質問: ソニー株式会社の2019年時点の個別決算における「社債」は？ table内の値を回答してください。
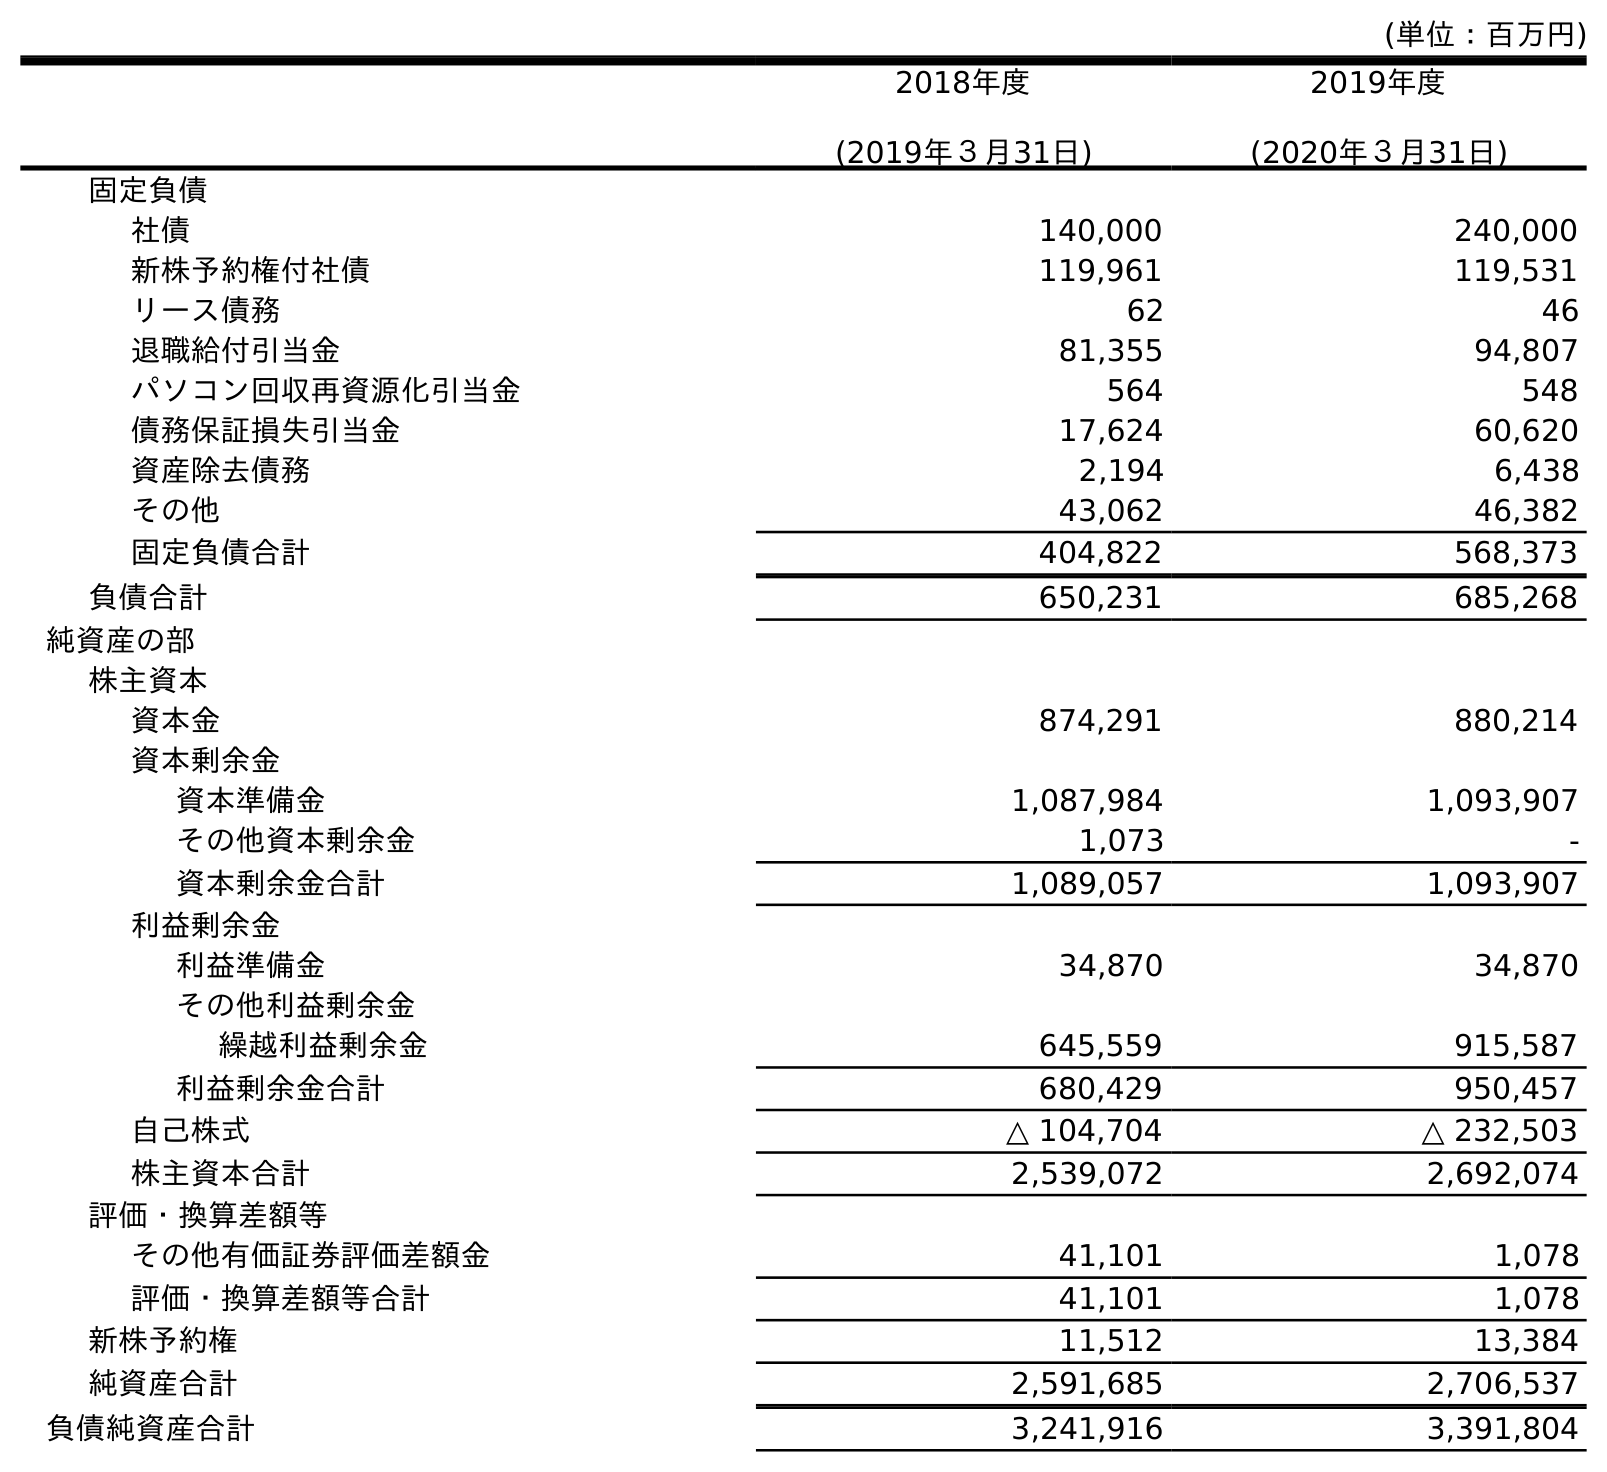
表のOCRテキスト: (単位：百万円) 2018年度 (2019年３月31日) 2019年度 (2020年３月31日) 固定負債 社債 140,000 240,000 新株予約権付社債 119,961 119,531 リース債務 62 46 退職給付引当金 81,355 94,807 パソコン回収再資源化引当金 564 548 債務保証損失引当金 17,624 60,620 資産除去債務 2,194 6,438 その他 43,062 46,382 固定負債合計 404,822 568,373 負債合計 650,231 685,268 純資産の部 株主資本 資本金 874,291 880,214 資本剰余金 資本準備金 1,087,984 1,093,907 その他資本剰余金 1,073 - 資本剰余金合計 1,089,057 1,093,907 利益剰余金 利益準備金 34,870 34,870 その他利益剰余金 繰越利益剰余金 645,559 915,587 利益剰余金合計 680,429 950,457 自己株式 △ 104,704 △ 232,503 株主資本合計 2,539,072 2,692,074 評価・換算差額等 その他有価証券評価差額金 41,101 1,078 評価・換算差額等合計 41,101 1,078 新株予約権 11,512 13,384 純資産合計 2,591,685 2,706,537 負債純資産合計 3,241,916 3,391,804
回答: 140,000